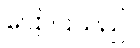
ပြောပြသည်။